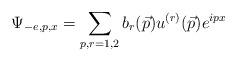
LaTeX: \begin{align*}\Psi_{-e,p,x}=\sum_{p,r=1,2}b_r(\vec{p})u^{(r)}(\vec{p})e^{i p x}\end{align*}